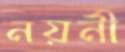
নয়নী